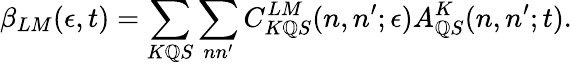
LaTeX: \beta_{LM}(\epsilon,t)=\sum_{K\mathbb{Q}S}\sum_{nn^{\prime}}C_{K\mathbb{Q}S}^{LM}(n,n^{\prime};\epsilon)A_{\mathbb{Q}S}^{K}(n,n^{\prime};t).